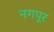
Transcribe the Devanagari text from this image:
नगपूर